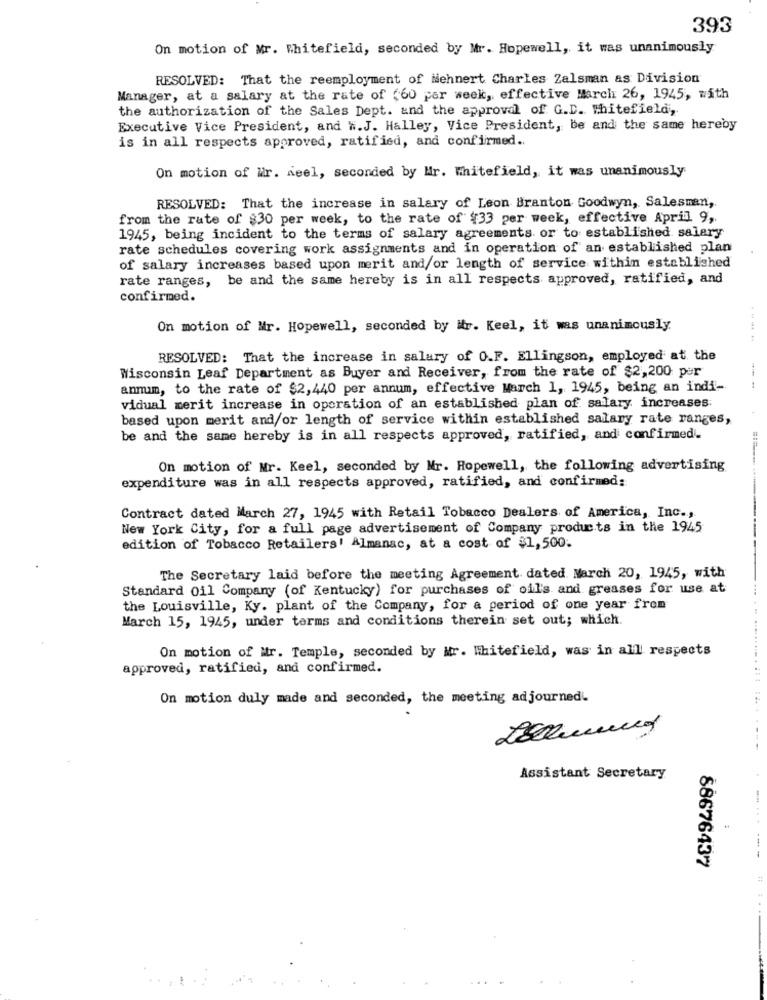
393
On motion of Mr. Whitefield, seconded by Mr. Hopewell, it was unanimously
RESOLVED: That the reemployment of Mehnert Charles Zalsman as Division
Manager, at a salary at the rate of (60 per week, effective March 26, 1945, with
the authorization of the Sales Dept. and the approval of G.D. Whitefield,
Executive Vice President, and ".J. Halley, Vice President, be and the same hereby
is in all respects approved, ratified, and confirmed ..
On motion of Mr. seel, seconded by Mr. Whitefield, it was unanimously
RESOLVED: That the increase in salary of Leon Branton Goodwyn, Salesman,
from the rate of $30 per week, to the rate of $33 per week, effective April 9,
1945, being incident to the terms of salary agreements or to established salary
rate schedules covering work assignments and in operation of an established plan
of salary increases based upon merit and/or length of service within established
rate ranges, be and the same hereby is in all respects approved, ratified, and
confirmed.
On motion of Mr. Hopewell, seconded by Mr. Keel, it was unanimously
RESOLVED: That the increase in salary of 0.F. Ellingson, employed at the
Wisconsin Leaf Department as Buyer and Receiver, from the rate of $2,200 per
annum, to the rate of $2,440 per annum, effective March I, 1945, being an indi-
vidual merit increase in operation of an established plan of salary increases:
based upon merit and/or length of service within established salary rate ranges,
be and the same hereby is in all respects approved, ratified, and confirmed.
On motion of Mr. Keel, seconded by Mr. Hopewell, the following advertising
expenditure was in all respects approved, ratified, and confirmed:
Contract dated March 27, 1945 with Retail Tobacco Dealers of America, Inc .,
New York City, for a full page advertisement of Company products in the 1945
edition of Tobacco Retailers! Almanac, at a cost of $1,500.
The Secretary laid before the meeting Agreement. dated. March 20, 1945, with
Standard Oil Company (of Kentucky) for purchases of oil's and greases for use at
the Louisville, Ky. plant of the Company, for a period of one year from
March 15, 1945, under terms and conditions therein set out; which.
On motion of Mr. Temple, seconded by Mr. Whitefield, was in allll respects
approved, ratified, and confirmed.
On motion duly made and seconded, the meeting adjourned
Assistant Secretary
88676437